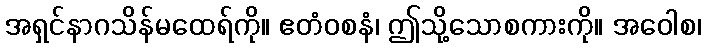
အရှင်နာဂသိန်မထေရ်ကို။ ဧတံဝစနံ၊ ဤသို့သောစကားကို။ အဝေါစ၊